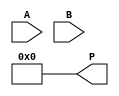
module vedic_multiplier #(parameter N = 4) (
    input  [N-1:0] A,  // First operand
    input  [N-1:0] B,  // Second operand
    output [2*N-1:0] P // Product of A and B
);
    // Intermediate signals for partial products
    wire [N-1:0] pp [N-1:0]; // Partial products
    wire [2*N-1:0] sum [N-1:0]; // Sums of partial products

    // Generate partial products
    genvar i, j;
    generate
        for (i = 0; i < N; i = i + 1) begin : partial_product_generation
            for (j = 0; j < N; j = j + 1) begin : bit_multiplication
                assign pp[i][j] = A[i] & B[j]; // AND operation for partial products
            end
        end
    endgenerate

    // Align and sum the partial products
    // Create a 2D array to hold the aligned partial products
    integer k;
    always @* begin
        for (k = 0; k < N; k = k + 1) begin
            sum[k] = {pp[k], k'b0}; // Shift the partial product according to its position
        end
    end

    // Initialize the product to zero
    wire [2*N-1:0] initial_sum = {2*N{1'b0}};
    assign P = initial_sum;

    // Adding all the partial products
    always @* begin
        P = initial_sum; // Reset P for the new calculation
        for (k = 0; k < N; k = k + 1) begin
            P = P + sum[k]; // Accumulate the sums
        end
    end

endmodule